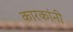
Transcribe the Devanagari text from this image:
कारकांनी